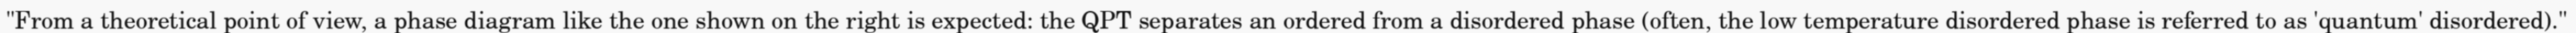
"From a theoretical point of view, a phase diagram like the one shown on the right is expected: the QPT separates an ordered from a disordered phase (often, the low temperature disordered phase is referred to as 'quantum' disordered)."